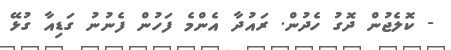
- ކޮލެޖުން ދޮގު ހެދުން. ރައުދާ އެންމެ ފަހުން ފެނުނު ގަޑިއާ ގުޅޭ